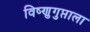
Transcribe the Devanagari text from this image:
विष्णुगुप्ताला